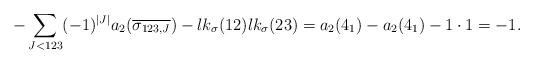
LaTeX: \begin{align*}- \sum_{J<123} (-1)^{|J|} a_2(\overline{\sigma_{123,J}}) -lk_\sigma(12) lk_\sigma(23) = a_2(4_1) - a_2(4_1) - 1 \cdot 1 = -1. \end{align*}